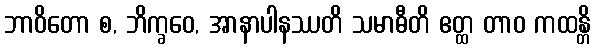
ဘာဝိတော စ, ဘိက္ခဝေ, အာနာပါနဿတိ သမာဓီတိ ဧတ္ထ တာဝ ကထန္တိ